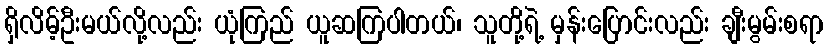
ရှိလိမ့်ဦးမယ်လို့လည်း ယုံကြည် ယူဆကြပါတယ်၊ သူတို့ရဲ့ မှန်းပြောင်းလည်း ချီးမွမ်းစရာ